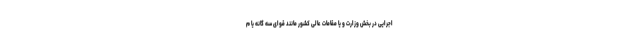
اجرایی در بخش وزارت و یا مقامات عالی کشور مانند قوای سه گانه یا م